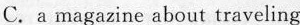
C. a magazine about traveling